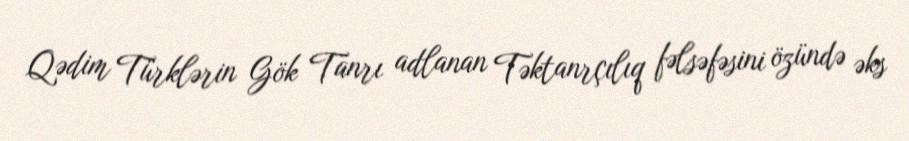
Qədim Türklərin Gök Tanrı adlanan Təktanrçılıq fəlsəfəsini özündə əks